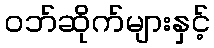
ဝဘ်ဆိုက်များနှင့်